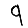
Digit: 9